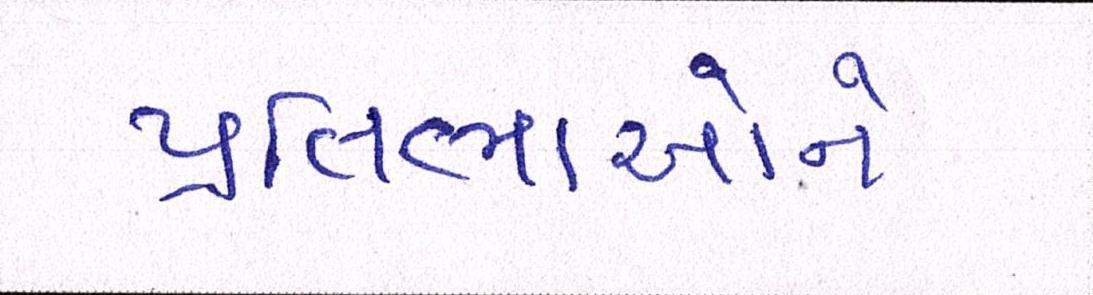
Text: પ્રતિભાઓને